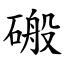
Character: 䃑